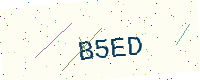
Text: B5ED